Source: Handwritten
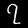
Digit: ၇ (7)